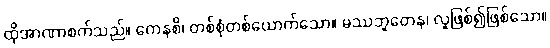
ထိုအာဏာစက်သည်။ ကေနစိ၊ တစ်စုံတစ်ယောက်သော။ မဿဘူတေန၊ လူဖြစ်၍ဖြစ်သော။